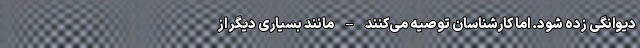
دیوانگی زده شود. اما کارشناسان توصیه می‌کنند – مانند بسیاری دیگر از